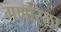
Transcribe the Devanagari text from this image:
गणोरेला